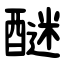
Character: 醚